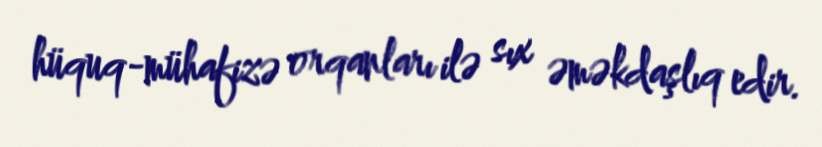
hüquq-mühafizə orqanları ilə sıx əməkdaşlıq edir.